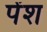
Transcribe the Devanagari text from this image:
पेंश